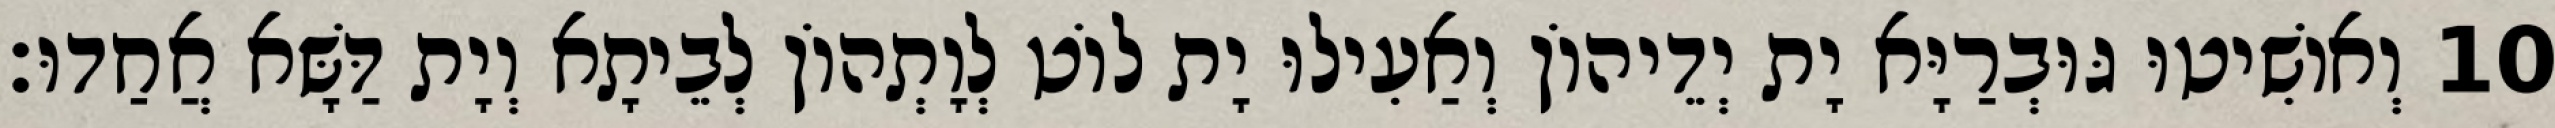
10 וְאוֹשִׁיטוּ גּוּבְרַיָּא יָת יְדֵיהוֹן וְאַעִילוּ יָת לוֹט לְוָתְהוֹן לְבֵיתָא וְיָת דַּשָּׁא אֲחַדוּ׃